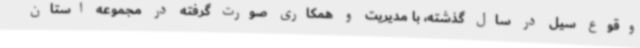
وقوع سیل در سال گذشته، با مدیریت و همکاری صورت گرفته در مجموعه استان